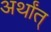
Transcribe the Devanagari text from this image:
अर्थांत्